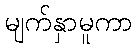
မျက်နှာမူကာ